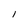
Character: 1